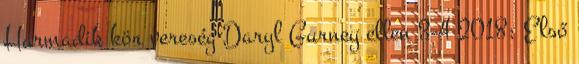
Harmadik kör vereség Daryl Gurney ellen 3-4 2018: Első